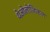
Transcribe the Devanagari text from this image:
थेओलोजिकल